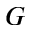
G